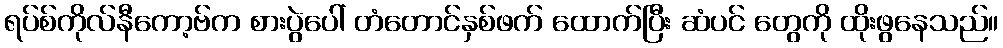
ရပ်စ်ကိုလ်နီကော့ဗ်က စားပွဲပေါ် တံတောင်နှစ်ဖက် ထောက်ပြီး ဆံပင် တွေကို ထိုးဖွနေသည်။